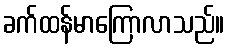
ခက်ထန်မာကြောလာသည်။